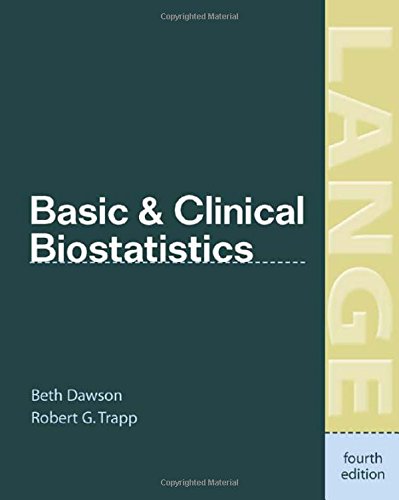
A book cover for Basic & Clinical Biostatistics (LANGE Basic Science); Beth Dawson; Medical Books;